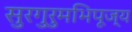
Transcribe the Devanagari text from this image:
सुरगुरुमभिपूज्य